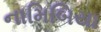
નામિબિયા